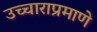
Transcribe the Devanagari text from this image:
उच्चाराप्रमाणे